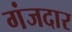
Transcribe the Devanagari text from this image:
गंजदार